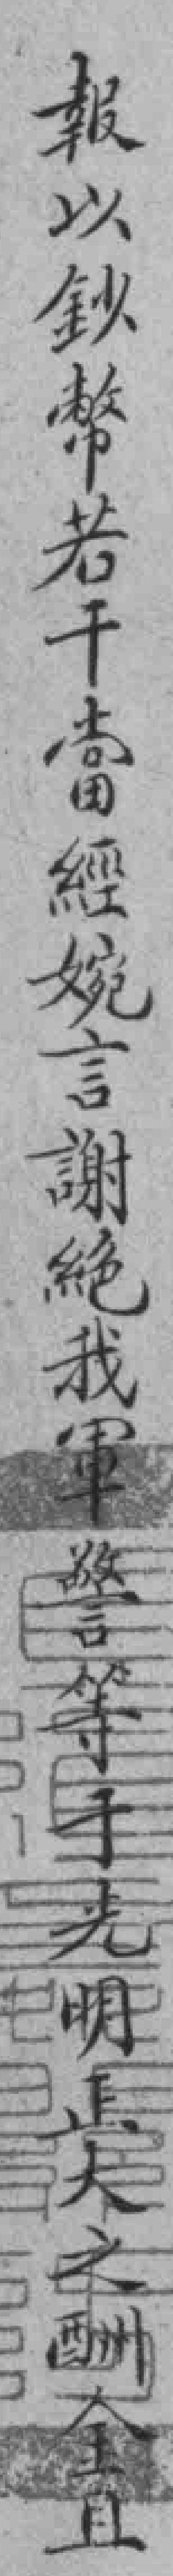
報以鈔幣若干當經婉言謝絕我軍警等于光明正大之酬金且